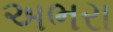
અભરા